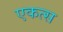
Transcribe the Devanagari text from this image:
एकत्स